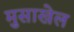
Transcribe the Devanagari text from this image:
मुसाखेल